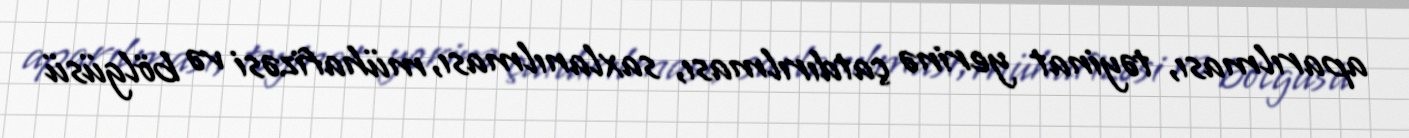
aparılması, təyinat yerinə çatdırılması, saxlanılması, mühafizəsi və bölgüsü